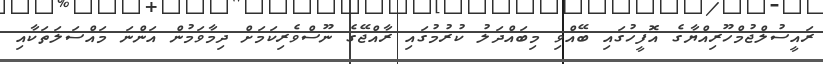
ރައީސުލްޖުމްހޫރިއްޔާގެ އޮފީހުގައި ބޭއްވި މިބައްދަލު ކުރުމުގައި ރާއްޖޭގެ ނޫސްވެރިކަމަށް ދިމާވަމުން އަންނަ މައްސަލަތަކާއި